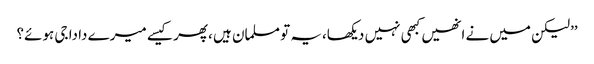
’’لیکن میں نے انھیں کبھی نہیں دیکھا،یہ تو مسلمان ہیں ،پھر کیسے میرے دادا جی ہوئے؟